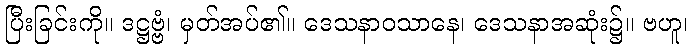
ပြီးခြင်းကို။ ဒဋ္ဌဗ္ဗံ၊ မှတ်အပ်၏။ ဒေသနာဝသာနေ၊ ဒေသနာအဆုံး၌။ ဗဟူ၊